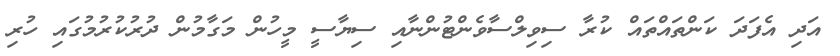
އަދި އެފަދަ ކަންތައްތައް ކުރާ ސިވިލްސާވެންޓުންނާއި ސިޔާސީ މީހުން މަގާމުން ދުރުކުރުމުގައި ހުރި